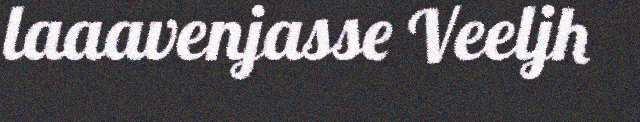
laaavenjasse Veeljh